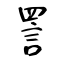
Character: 詈